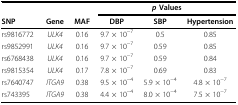
| <COLSPAN=3>  | <COLSPAN=3> p Values |
 | SNP | Gene | MAF | DBP | SBP | Hypertension |
 | --- | --- | --- | --- | --- | --- |
 | rs9816772 | ULK4 | 0.16 | 9.7 × 10−7 | 0.5 | 0.85 |
 | rs9852991 | ULK4 | 0.16 | 9.7 × 10−7 | 0.59 | 0.85 |
 | rs6768438 | ULK4 | 0.16 | 9.7 × 10−7 | 0.59 | 0.84 |
 | rs9815354 | ULK4 | 0.17 | 7.8 × 10−7 | 0.69 | 0.83 |
 | rs7640747 | ITGA9 | 0.38 | 9.5 × 10−4 | 5.9 × 10−4 | 4.8 × 10−7 |
 | rs743395 | ITGA9 | 0.38 | 4.4 × 10−4 | 8.0 × 10−4 | 7.5 × 10−7 |